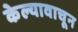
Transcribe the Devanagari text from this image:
केल्यावाचून